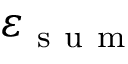
\varepsilon _ { \mathrm { ~ s ~ u ~ m ~ } }